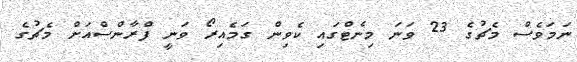
ނަމަވެސް މެޗުގެ 23 ވަނަ މިނެޓްގައި ކެވިން ގަމެއިރޯ ވަނީ ފްރާންސްއަށް މެޗުގެ